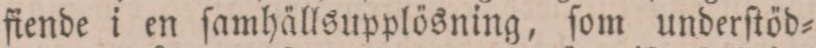
fiende i en ſamhällsupplösning, ſom underſtöd=